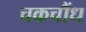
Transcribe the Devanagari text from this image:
चकचौंध